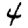
Digit: 4